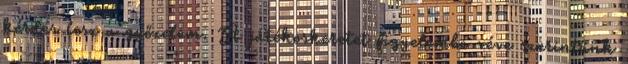
kérdés lesz a győzelem. A játékoskeretet figyelembe véve szerintünk